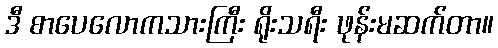
ဒီ စာပေလောကသားကြီး ရိုးသရီး ဖုန်းမဆက်တာ။